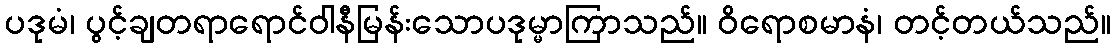
ပဒုမံ၊ ပွင့်ချတရာရောင်ဝါနီမြန်းသောပဒုမ္မာကြာသည်။ ဝိရောစမာနံ၊ တင့်တယ်သည်။